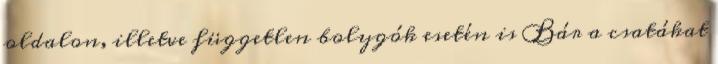
oldalon, illetve független bolygók esetén is Bár a csatákat